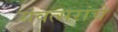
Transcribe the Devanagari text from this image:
संवत्सरांचे